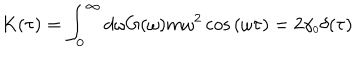
LaTeX: K ( \tau ) = \int _ { 0 } ^ { \infty } d \omega G ( \omega ) m \omega ^ { 2 } \cos { ( \omega \tau ) } = 2 \gamma _ { \scriptscriptstyle 0 } \delta ( \tau )